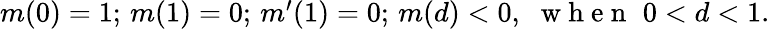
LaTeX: \begin{array}{r}{m(0)=1;\, m(1)=0;\, m^{\prime}(1)=0;\, m(d)<0,\, \, \mathrm{~w~h~e~n~}\, \, 0<d<1.}\end{array}